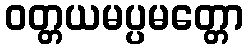
ဝတ္တယမပ္ပမတ္တော